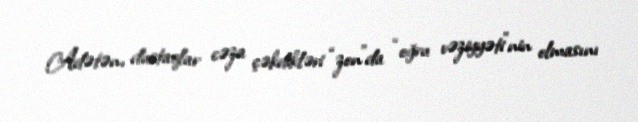
Adətən, dustaqlar cəza çəkdikləri “zon”da “oğru vəziyyəti”nin olmasını